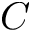
C